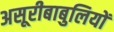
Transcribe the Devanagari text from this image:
असूरीबाबुलियों